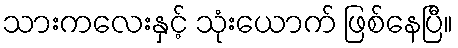
သားကလေးနှင့် သုံးယောက် ဖြစ်နေပြီ။